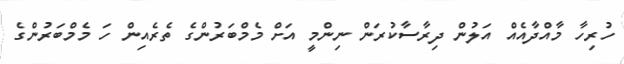
ހުރިހާ މާއްދާއެއް އަލުން ދިރާސާކުރަން ނިންމީ އަށް މެމްބަރުންގެ ތެރެއިން ހަ މެމްބަރުންގެ